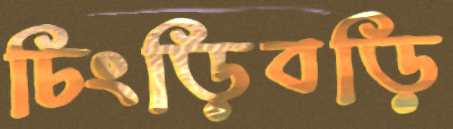
চিংড়িবড়ি